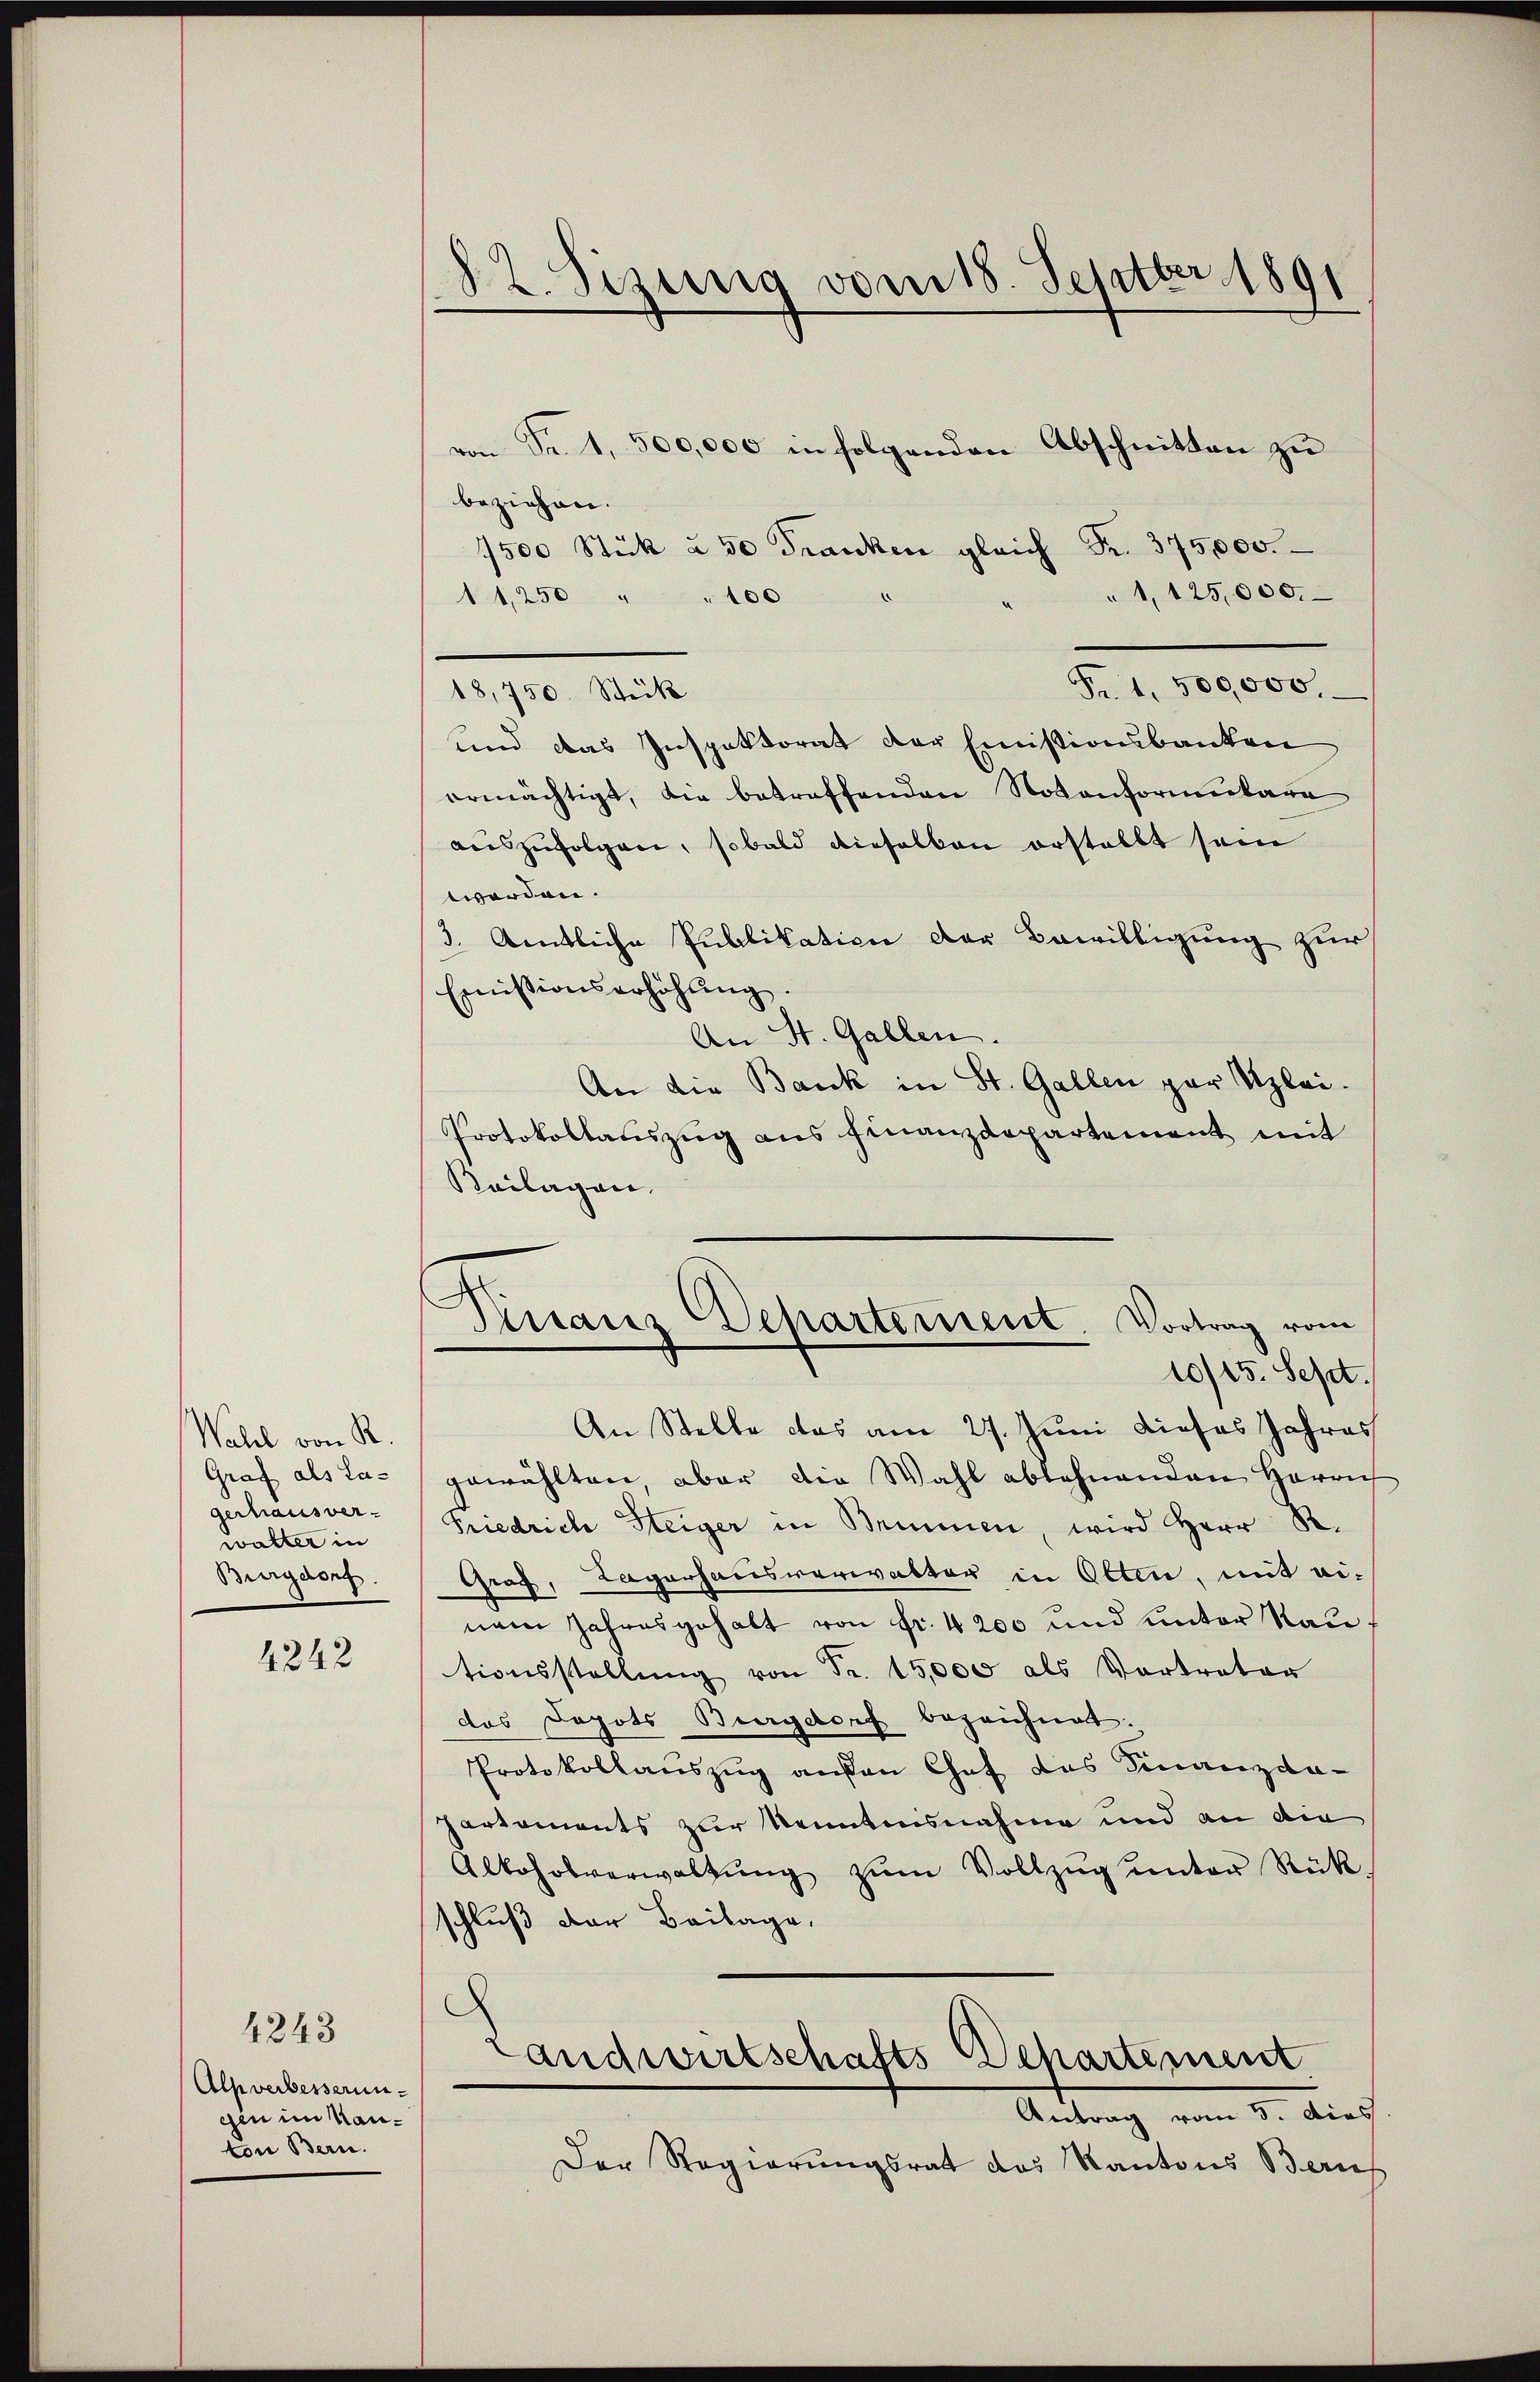
Wahl von R.
Graf als Lagerhausver-
walter in
Burgdorf.

4242

4243
Alpverbesserungen im Hauton Bern.

82. Sizung vom 18. Septber 1891

von Fr. 1, 500,000 in folgenden Abschnitten zu
beziehen.
1500 Stück u 50 Franken gleich Fr. 375,000.
"1,125,000.
11250 " " 100
Fr. 1,500,000.
und das Inspektorat der Emistionsbanken
ermächtigt, die betreffenden Notenformulara
auszufolgen, sobald dieselben erstellt sein
worden.
3. Amtliche Publikation der Bewilligung zur
Emissionserhöhŭng.
An St. Gallen.
An die Bank in St. Gallen par Uzlei.
Protokollauszug aus Finanzdepartement mit
Reilagen,

18,750. Stück

gewählten, aber die Wahl ablehnenden Herrich
Friedrich Steiger in Brunnen, wird Herr R.
Graz, Lagerhausverwalter in Olten, mit ei-
nem Jahresgehalt von Fr. 4200 und unter Rau
tionsstellŭng von Fr. 15,000 als Vortrator
das Depots Burgdorf bezeichnet.
Protokollauszug außen Chef das Finanzda-
partements zur Kenntnisnahme und an die
Alkoholverwaltŭng zŭm Vollzŭg ŭnter Rück
schluß der Beilage,

Finanz Departement. Vortrag vom
10/15. Sept.
An Stelle das am 27. Juni dieses Jahres

Landwirtschafts Separtement
Antrag vom 5. dies

Der Regierungsrat das Kantons Beruf